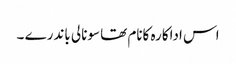
اس اداکارہ کانام تھا سونالی باندرے ۔